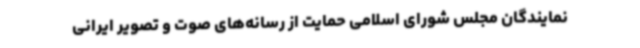
نمایندگان مجلس شورای اسلامی حمایت از رسانه‌های صوت و تصویر ایرانی